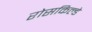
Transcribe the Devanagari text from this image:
रोसकिल्डे